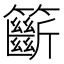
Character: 籪